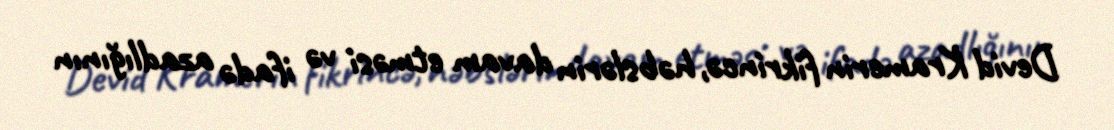
Devid Kramerin fikrincə, həbslərin davam etməsi və ifadə azadlığının